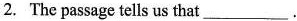
2.The passage tells us that___.